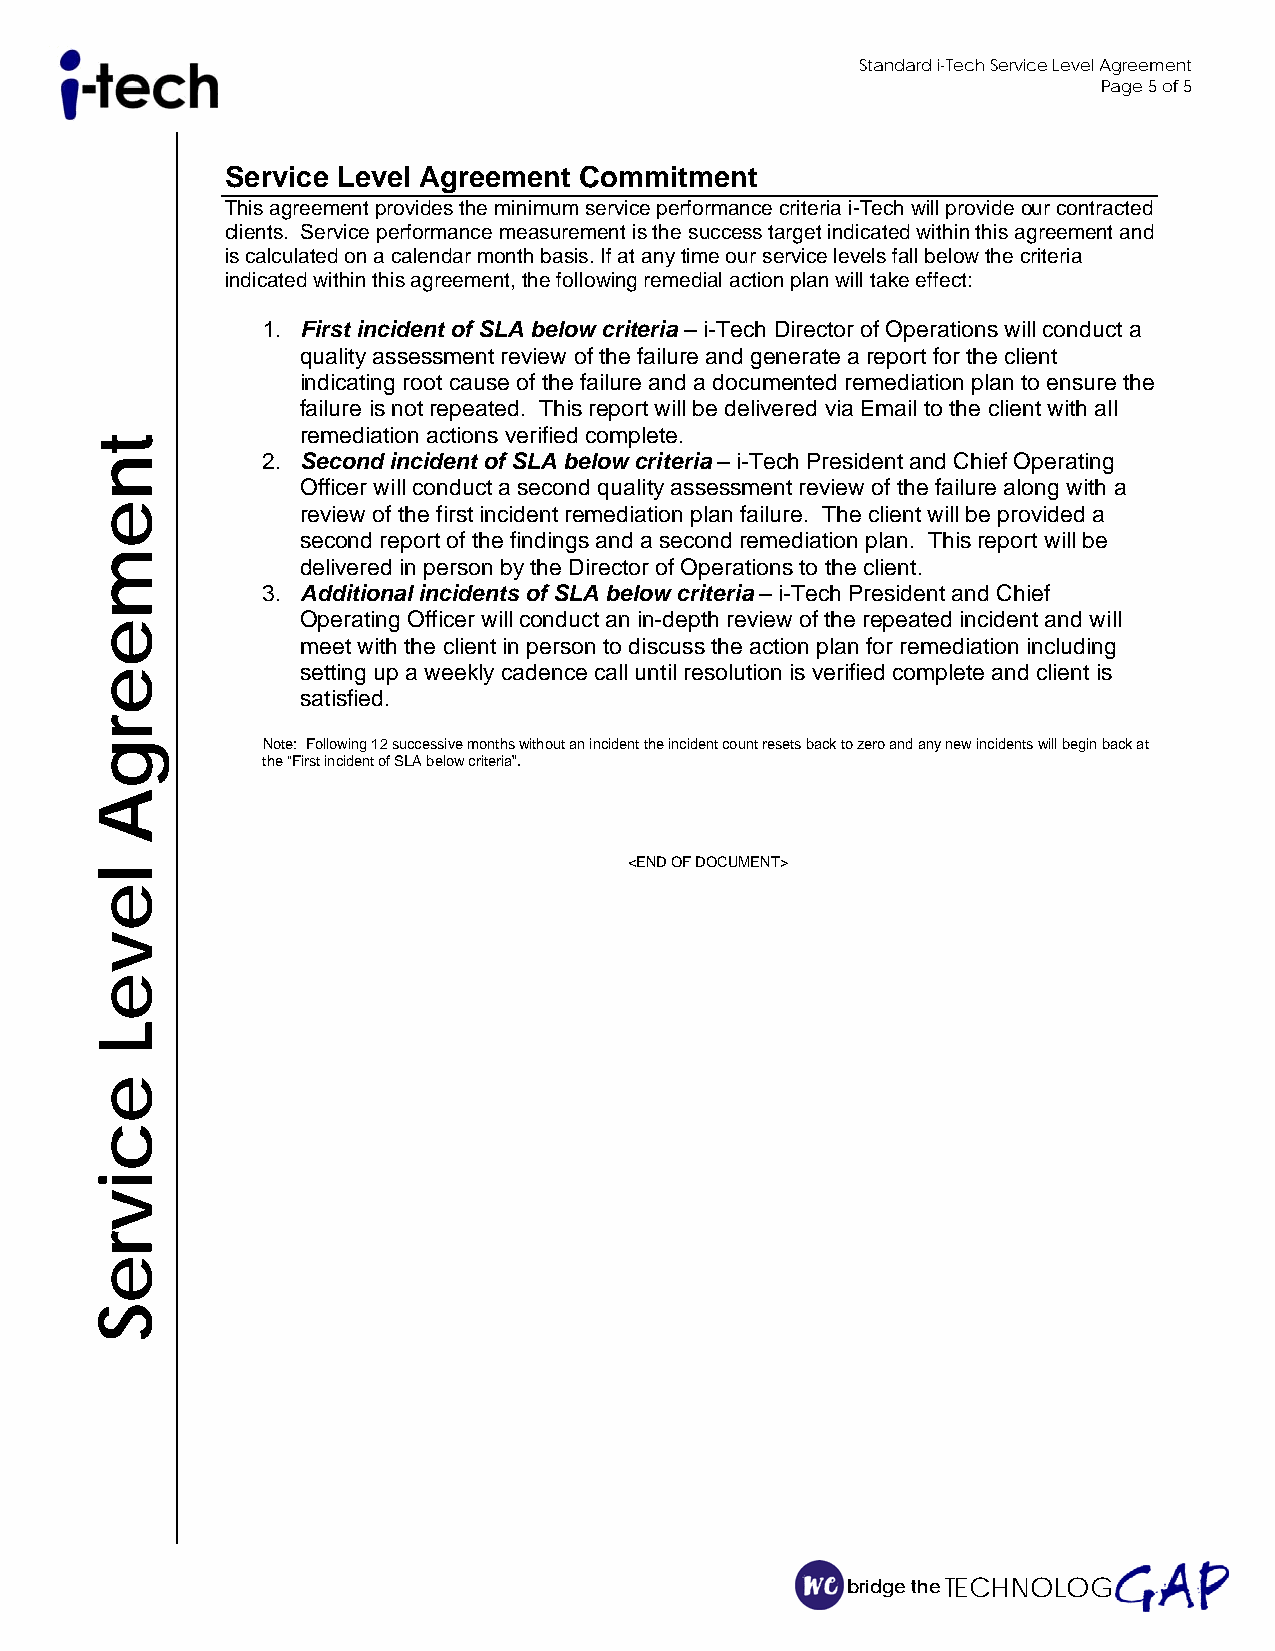
Standard i-Tech Service Level Agreement
 Page 5 of 5
 Service Level Agreement Commitment
 This agreement provides the minimum service performance criteria i-Tech will provide our contracted
 clients. Service performance measurement is the success target indicated within this agreement and
 is calculated on a calendar month basis. If at any time our service levels fall below the criteria
 indicated within this agreement, the following remedial action plan will take effect:
 1. First incident of SLA below criteria – i-Tech Director of Operations will conduct a
 quality assessment review of the failure and generate a report for the client
 indicating root cause of the failure and a documented remediation plan to ensure the
 failure is not repeated. This report will be delivered via Email to the client with all
 remediation actions verified complete.
 2. Second incident of SLA below criteria – i-Tech President and Chief Operating
 Officer will conduct a second quality assessment review of the failure along with a
 review of the first incident remediation plan failure. The client will be provided a
 second report of the findings and a second remediation plan. This report will be
 delivered in person by the Director of Operations to the client.
 3. Additional incidents of SLA below criteria – i-Tech President and Chief
 Operating Officer will conduct an in-depth review of the repeated incident and will
 meet with the client in person to discuss the action plan for remediation including
 setting up a weekly cadence call until resolution is verified complete and client is
 satisfied.
 Note: Following 12 successive months without an incident the incident count resets back to zero and any new incidents will begin back at
 the “First incident of SLA below criteria”.
 <END OF DOCUMENT>
 bridge the TECHNOLOG
 tnemeergA
 leveL
 ecivreS